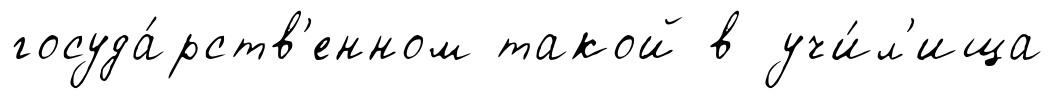
госуда́рств'енном такой в учи́л'ища